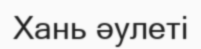
Хань әулеті